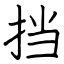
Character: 挡